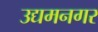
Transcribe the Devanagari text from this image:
उद्यमनगर